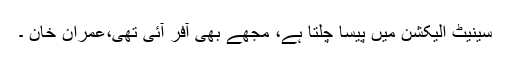
سینیٹ الیکشن میں پیسا چلتا ہے، مجھے بھی آفر آئی تھی،عمران خان ۔